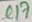
Text: C17